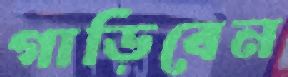
গাড়িবেন